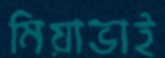
মিয়াভাই